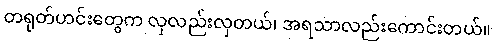
တရုတ်ဟင်းတွေက လှလည်းလှတယ်၊ အရသာလည်းကောင်းတယ်။